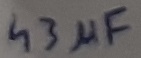
Text: 43µF